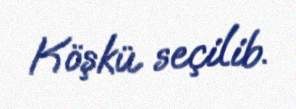
Köşkü seçilib.